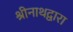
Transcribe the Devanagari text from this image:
श्रीनाथद्वारा